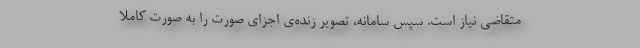
متقاضی نیاز است. سپس سامانه، تصویر زنده‌ی اجزای صورت را به صورت کاملاً